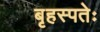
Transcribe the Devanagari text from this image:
बृहस्पतेः